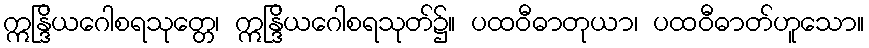
ဣန္ဒြိယဂေါစရသုတ္တေ၊ ဣန္ဒြိယဂေါစရသုတ်၌။ ပထဝီဓာတုယာ၊ ပထဝီဓာတ်ဟူသော။